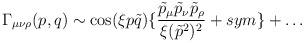
LaTeX: \begin{align*}\Gamma_{\mu \nu \rho}(p,q) \sim \cos(\xi p \tilde{q}) \{ \frac{ \tilde{p}_{\mu} \tilde{p}_{\nu} \tilde{p}_{\rho}}{\xi(\tilde{p}^2)^2}+ sym \}+ \ldots \end{align*}